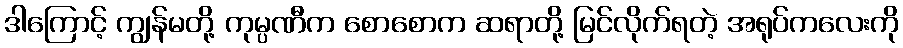
ဒါကြောင့် ကျွန်မတို့ ကုမ္ပဏီက စောစောက ဆရာတို့ မြင်လိုက်ရတဲ့ အရုပ်ကလေးကို